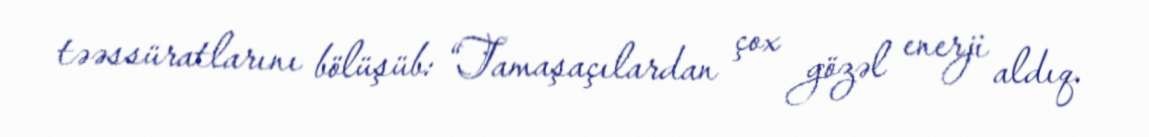
təəssüratlarını bölüşüb: “Tamaşaçılardan çox gözəl enerji aldıq.